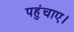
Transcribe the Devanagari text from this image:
पहुंचाए।